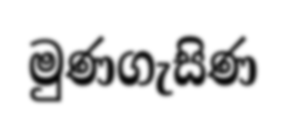
මුණගැසිණ